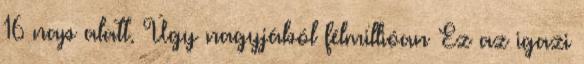
16 nap alatt. Úgy nagyjából félmillióan Ez az igazi